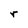
Character: r